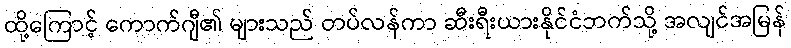
ထို့ကြောင့် ကောက်ဂျီ၏ များသည် တပ်လန်ကာ ဆီးရီးယားနိုင်ငံဘက်သို့ အလျင်အမြန်